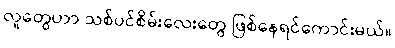
လူတွေဟာ သစ်ပင်စိမ်းလေးတွေ ဖြစ်နေရင်ကောင်းမယ်။